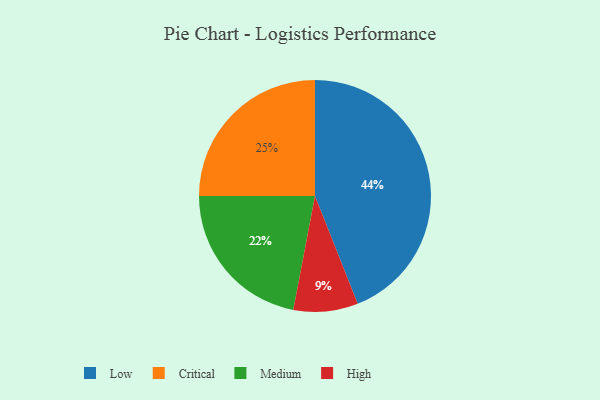
{"axis": {"x": "Category", "y": "Percentage"}, "legend": ["Critical", "High", "Low", "Medium"], "data": [{"x": "High", "y": 9, "type": "High"}, {"x": "Medium", "y": 22, "type": "Medium"}, {"x": "Critical", "y": 25, "type": "Critical"}, {"x": "Low", "y": 44, "type": "Low"}]}